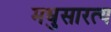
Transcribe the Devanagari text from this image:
मधुसारत्य